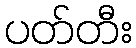
ပတ်တီး